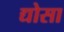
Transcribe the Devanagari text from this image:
द्योसा